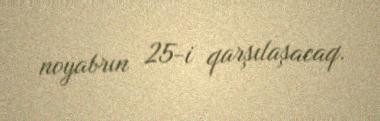
noyabrın 25-i qarşılaşacaq.